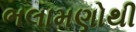
ભલામણોથી